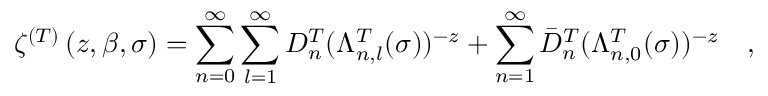
\zeta ^ { ( T ) } \left( z , \beta , \sigma \right) = \sum _ { n = 0 } ^ { \infty } \sum _ { l = 1 } ^ { \infty } D _ { n } ^ { T } ( \Lambda _ { n , l } ^ { T } ( \sigma ) ) ^ { - z } + \sum _ { n = 1 } ^ { \infty } \bar { D } _ { n } ^ { T } ( \Lambda _ { n , 0 } ^ { T } ( \sigma ) ) ^ { - z } ~ ~ ~ ,